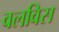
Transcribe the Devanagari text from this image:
वलविस